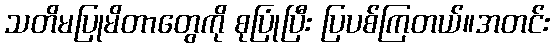
သတိမပြုမိတာတွေကို စုပြုံပြီး ပြပစ်ကြတယ်။အတင်း